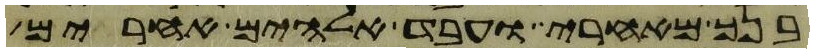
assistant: בנך מאחרי ועבד אלהים אחרים